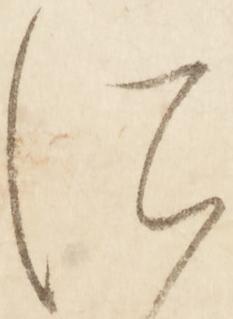
に